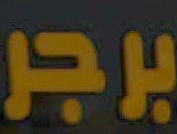
برجر